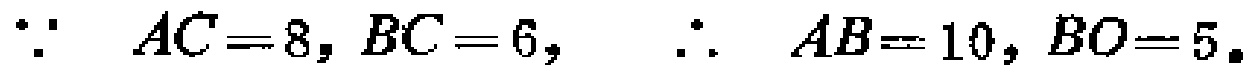
\(\because AC = 8, BC = 6,\ \ \therefore AB = 10, BO = 5。\)